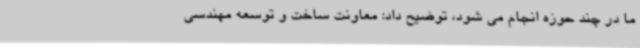
ما در چند حوزه انجام می شود، توضیح داد: معاونت ساخت و توسعه مهندسی